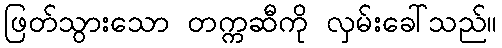
ဖြတ်သွားသော တက္ကဆီကို လှမ်းခေါ်သည်။